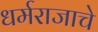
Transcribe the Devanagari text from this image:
धर्मराजाचे